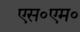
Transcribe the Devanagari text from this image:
एस॰एम॰